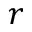
r